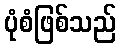
ပုံစံဖြစ်သည်